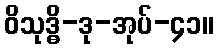
ဝိသုဒ္ဓိ-ဒု-အုပ်-၄၁။